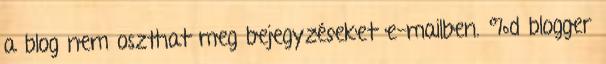
a blog nem oszthat meg bejegyzéseket e-mailben. %d blogger